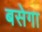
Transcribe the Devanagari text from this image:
बसेगा